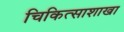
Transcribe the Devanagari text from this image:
चिकित्साशाखा